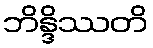
ဘိန္ဒိဿတိ